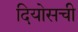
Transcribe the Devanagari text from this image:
दियोसची